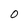
Character: 0